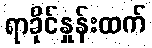
ရာခိုင်နှုန်းထက်